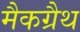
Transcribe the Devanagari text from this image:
मैकग्रैथ